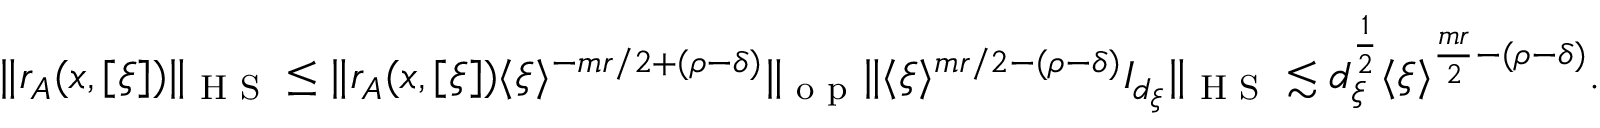
\Vert r _ { A } ( x , [ \xi ] ) \Vert _ { \textnormal { H S } } \leq \Vert r _ { A } ( x , [ \xi ] ) \langle \xi \rangle ^ { - m r / 2 + ( \rho - \delta ) } \Vert _ { \textnormal { o p } } \Vert \langle \xi \rangle ^ { m r / 2 - ( \rho - \delta ) } I _ { d _ { \xi } } \Vert _ { \textnormal { H S } } \lesssim d _ { \xi } ^ { \frac { 1 } { 2 } } \langle \xi \rangle ^ { \frac { m r } { 2 } - ( \rho - \delta ) } .